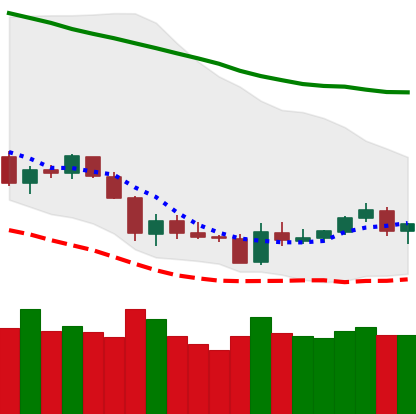
Ticker: LTC-USD
Chart end date: 2018-06-05
Forward return: -12.043%
Label: down_7plus